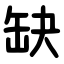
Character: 缺